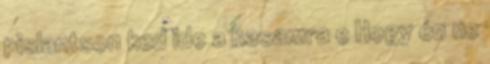
pislantson ked ide a hasamra e Hogy én ne